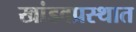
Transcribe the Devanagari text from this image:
खांडवप्रस्थात